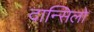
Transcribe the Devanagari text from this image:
दान्सिलो